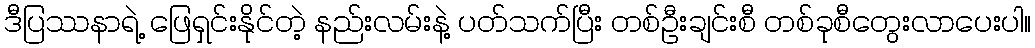
ဒီပြဿနာရဲ့ ဖြေရှင်းနိုင်တဲ့ နည်းလမ်းနဲ့ ပတ်သက်ပြီး တစ်ဦးချင်းစီ တစ်ခုစီတွေးလာပေးပါ။